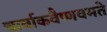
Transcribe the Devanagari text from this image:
चार्वाकवैष्णवमते